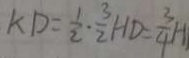
K D = \frac { 1 } { 2 } \cdot \frac { 3 } { 2 } H D = \frac { 3 } { 4 } H